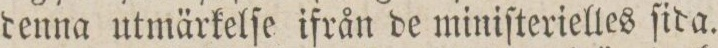
denna utmärkelſe ifrån de miniſterielles ſida.